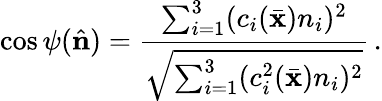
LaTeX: \cos\psi(\hat{\mathbf n})=\frac{\sum_{i=1}^{3}(c_{i}(\bar{\mathbf x})n_{i})^{2}}{\sqrt{\sum_{i=1}^{3}(c_{i}^{2}(\bar{\mathbf x})n_{i})^{2}}}\, .